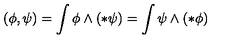
( \phi , \psi ) = \int \phi \wedge ( * \psi ) = \int \psi \wedge ( * \phi )